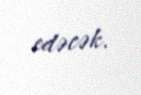
edəcək.